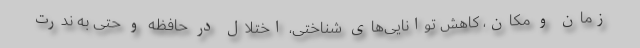
زمان و مکان، کاهش توانایی‌های شناختی، اختلال در حافظه و حتی به ندرت